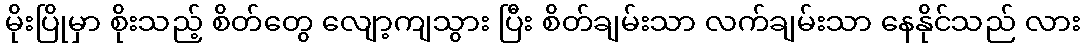
မိုးပြိုမှာ စိုးသည့် စိတ်တွေ လျော့ကျသွား ပြီး စိတ်ချမ်းသာ လက်ချမ်းသာ နေနိုင်သည် လား